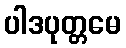
ပါဒပုတ္တမေ